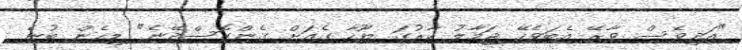
"އަދިވެސް ވާރޭ އެބަވެހޭ ޖަމާލު ކާރުގަ ޔޫހާ ގެއަށް ގެންގޮސްދޭނެ" މިހެން ބުނެ